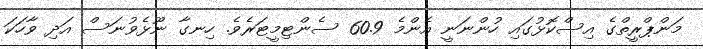
މަންޕްރީތްގެ އިސްކޮޅުގައި ހުންނަނީ އެންމެ 60.9 ސެންޓިމީޓަރެވެ. ހިނގާ ނޫޅެވުނަސް އަދި ވާހަކަ